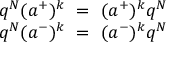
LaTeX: \begin{array} { c } { { q ^ { N } ( a ^ { + } ) ^ { k } ~ = ~ ( a ^ { + } ) ^ { k } q ^ { N } } } \\ { { q ^ { N } ( a ^ { - } ) ^ { k } ~ = ~ ( a ^ { - } ) ^ { k } q ^ { N } } } \end{array}